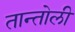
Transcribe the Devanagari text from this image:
तान्तोली